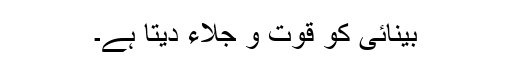
بینائی کو قوت و جِلاء دیتا ہے۔